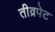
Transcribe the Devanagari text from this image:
तीव्रपेट